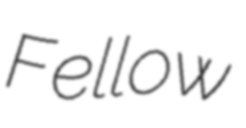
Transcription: Fellow